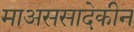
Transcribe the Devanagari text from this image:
माअससादेकीन